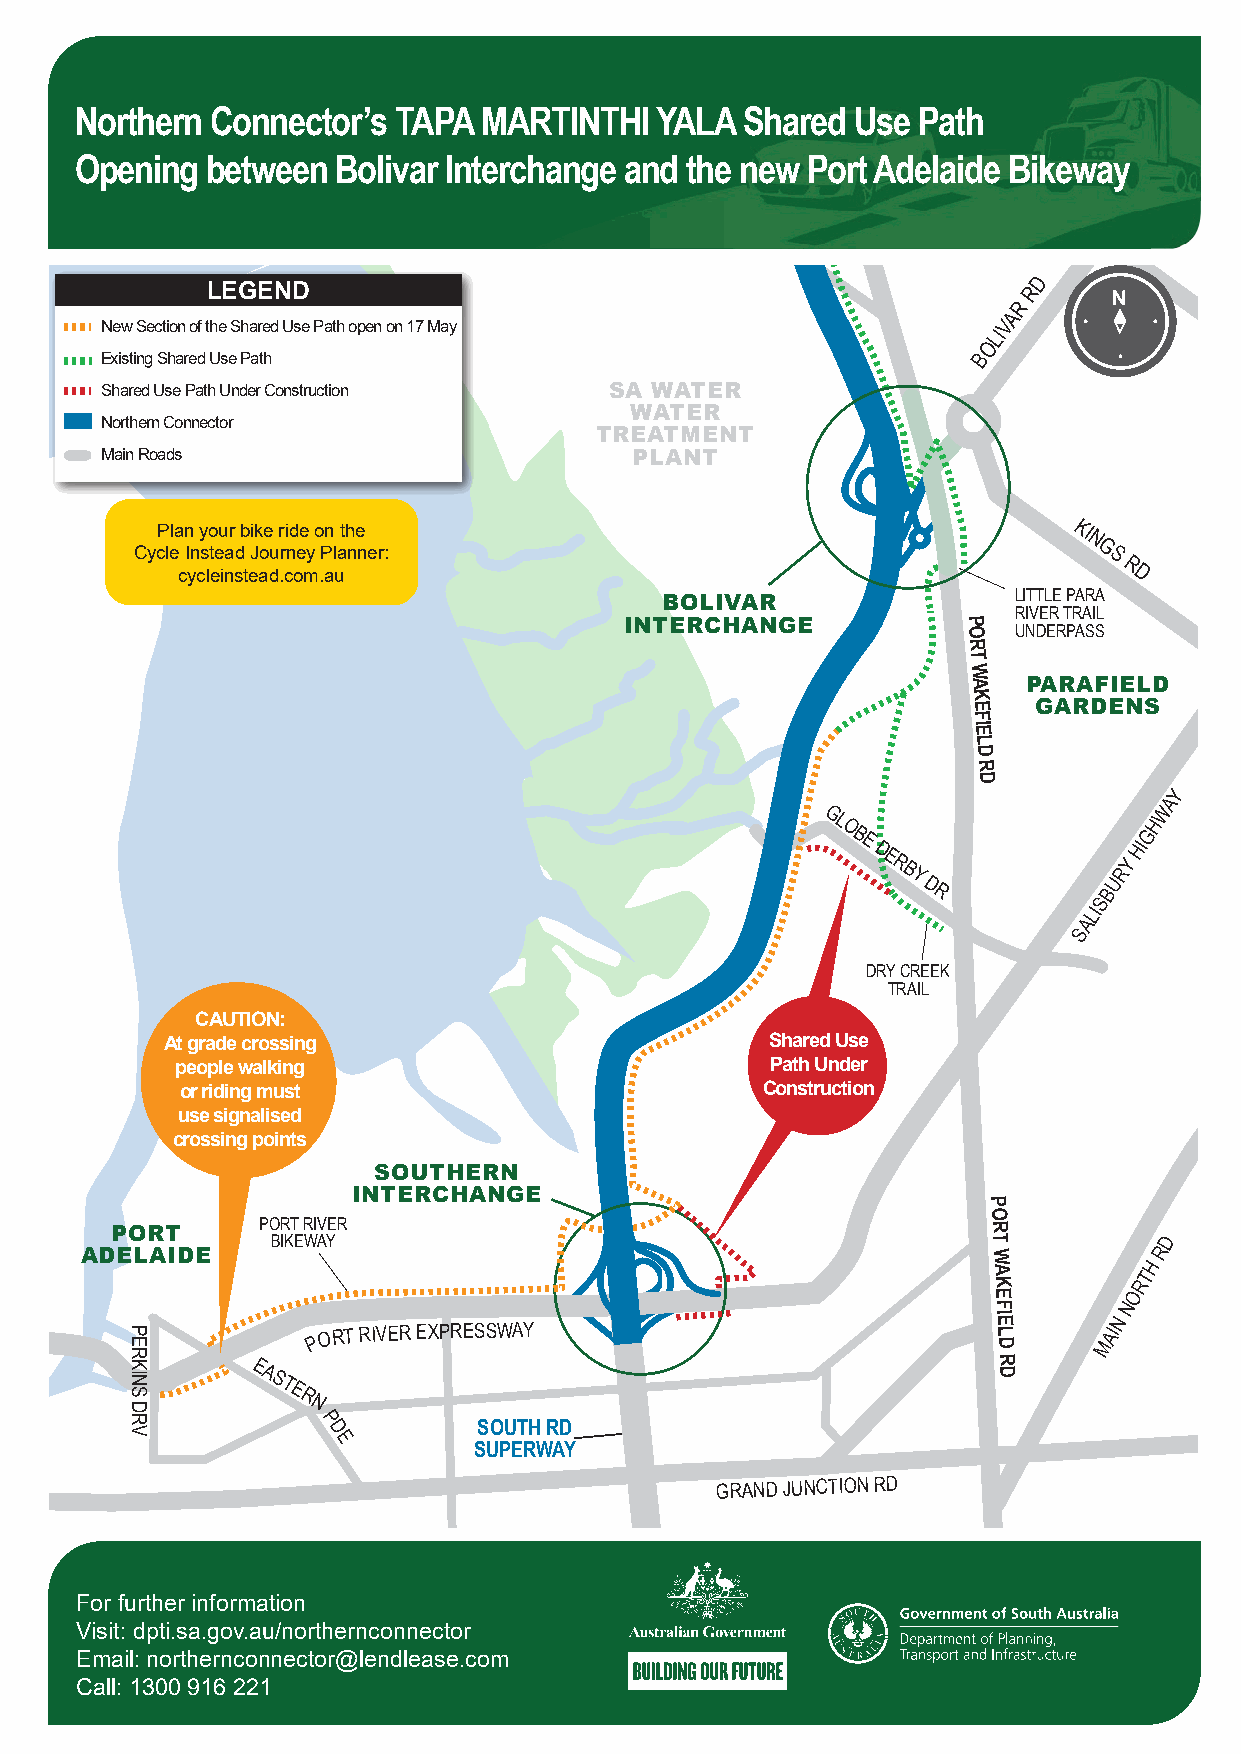
MI
 L
 L
 ST
 KILDA RD                              R D
 Northern Connector’s TAPA  MARTINTHI  YALA  Shared  Use Path
 Opening  between Bolivar Interchange and the new Port Adelaide Bikeway
 D
 LEGEND                                                R
 R
 A
 New Section of the Shared Use Path open on 17 May          V
 LI
 O
 Existing Shared Use Path                                  B
 Shared Use Path Under Construction SA WATER
 WATER
 Northern Connector
 TREATMENT
 Main Roads                         PLANT
 Plan your bike ride on the                                   KI
 N
 Cycle Instead Journey Planner:                                 G S
 R
 cycleinstead.com.au                                            D
 BOLIVAR                LITTLE PARA
 RIVER TRAIL
 INTERCHANGE            P
 O  UNDERPASS
 R
 T
 W
 A   PARAFIELD
 K
 E   GARDENS
 F
 IE
 L
 D
 R
 D
 Y
 A
 W
 GL
 H
 O B                  G
 E
 D
 HI
 E R
 B
 RY
 Y D
 R
 BU
 S
 LI
 A
 S
 DRY CREEK
 TRAIL
 CAUTION:
 At grade crossing                       Shared Use
 people walking                         Path Under
 or riding must                        Construction
 use signalised
 crossing points
 SOUTHERN
 INTERCHANGE
 P
 O
 PORT      PORT RIVER                                      R
 BIKEWAY                                        T           D
 ADELAIDE                                                    W
 A          TH
 R
 K         R
 E         O
 F       N
 IE      N
 P
 ORT RIVER EXPRESSWAY                         L
 D
 MAI
 R
 EASTE                                             D
 R
 N
 P          SOUTH RD
 D
 E        SUPERWAY
 GRAND JUNCTION RD
 For further information
 Visit: dpti.sa.gov.au/northernconnector
 Email: northernconnector@lendlease.com
 Call: 1300 916 221
 PERKINS
 DRV